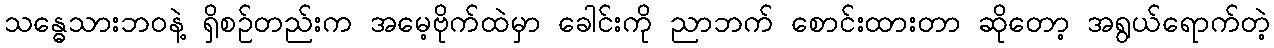
သန္ဓေသားဘဝနဲ့ ရှိစဉ်တည်းက အမေ့ဗိုက်ထဲမှာ ခေါင်းကို ညာဘက် စောင်းထားတာ ဆိုတော့ အရွယ်ရောက်တဲ့